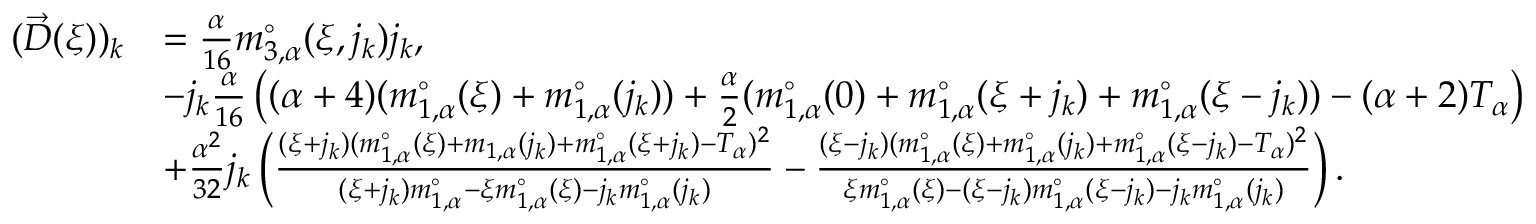
\begin{array} { r l } { ( \vec { D } ( \xi ) ) _ { k } } & { = \frac { \alpha } { 1 6 } m _ { 3 , \alpha } ^ { \circ } ( \xi , j _ { k } ) j _ { k } , } \\ & { - j _ { k } \frac { \alpha } { 1 6 } \left( ( { \alpha + 4 } ) ( m _ { 1 , \alpha } ^ { \circ } ( \xi ) + m _ { 1 , \alpha } ^ { \circ } ( j _ { k } ) ) + \frac { \alpha } { 2 } ( m _ { 1 , \alpha } ^ { \circ } ( 0 ) + m _ { 1 , \alpha } ^ { \circ } ( \xi + j _ { k } ) + m _ { 1 , \alpha } ^ { \circ } ( \xi - j _ { k } ) ) - ( \alpha + 2 ) T _ { \alpha } \right) } \\ & { + \frac { \alpha ^ { 2 } } { 3 2 } j _ { k } \left( \frac { ( \xi + j _ { k } ) ( m _ { 1 , \alpha } ^ { \circ } ( \xi ) + m _ { 1 , \alpha } ( j _ { k } ) + m _ { 1 , \alpha } ^ { \circ } ( \xi + j _ { k } ) - T _ { \alpha } ) ^ { 2 } } { ( \xi + j _ { k } ) m _ { 1 , \alpha } ^ { \circ } - \xi m _ { 1 , \alpha } ^ { \circ } ( \xi ) - j _ { k } m _ { 1 , \alpha } ^ { \circ } ( j _ { k } ) } - \frac { ( \xi - j _ { k } ) ( m _ { 1 , \alpha } ^ { \circ } ( \xi ) + m _ { 1 , \alpha } ^ { \circ } ( j _ { k } ) + m _ { 1 , \alpha } ^ { \circ } ( \xi - j _ { k } ) - T _ { \alpha } ) ^ { 2 } } { \xi m _ { 1 , \alpha } ^ { \circ } ( \xi ) - ( \xi - j _ { k } ) m _ { 1 , \alpha } ^ { \circ } ( \xi - j _ { k } ) - j _ { k } m _ { 1 , \alpha } ^ { \circ } ( j _ { k } ) } \right) . } \end{array}